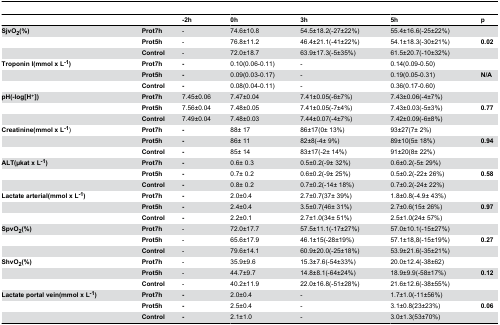
<table><thead><tr><td></td><td></td><td><b>-2h</b></td><td><b>0h</b></td><td><b>3h</b></td><td><b>5h</b></td><td><b>p</b></td></tr></thead><tbody><tr><td><b>SjvO<sub>2</sub>(%)</b></td><td><b>Prot7h</b></td><td>-</td><td>74.6±10.8</td><td>54.5±18.2(-27±22%)</td><td>55.4±16.6(-25±22%)</td><td></td></tr><tr><td></td><td><b>Prot5h</b></td><td>-</td><td>76.8±11.2</td><td>46.4±21.1(-41±22%)</td><td>54.1±18.3(-30±21%)</td><td><b>0.02</b></td></tr><tr><td></td><td><b>Control</b></td><td>-</td><td>72.0±18.7</td><td>63.9±17.3(-5±35%)</td><td>61.5±20.7(-10±32%)</td><td></td></tr><tr><td><b>Troponin I(mmol x L<sup>-1</sup>)</b></td><td><b>Prot7h</b></td><td><b>-</b></td><td>0.10(0.06-0.11)</td><td>-</td><td>0.14(0.09-0.50)</td><td></td></tr><tr><td></td><td><b>Prot5h</b></td><td><b>-</b></td><td>0.09(0.03-0.17)</td><td>-</td><td>0.19(0.05-0.31)</td><td><b>N/A</b></td></tr><tr><td></td><td><b>Control</b></td><td><b>-</b></td><td>0.08(0.04-0.11)</td><td>-</td><td>0.36(0.17-0.60)</td><td></td></tr><tr><td><b>pH(-log[H+])</b></td><td><b>Prot7h</b></td><td>7.45±0.06</td><td>7.47±0.04</td><td>7.41±0.05(-6±7%)</td><td>7.43±0.06(-4±7%)</td><td></td></tr><tr><td></td><td><b>Prot5h</b></td><td>7.56±0.04</td><td>7.48±0.05</td><td>7.41±0.05(-7±4%)</td><td>7.43±0.03(-5±3%)</td><td><b>0.77</b></td></tr><tr><td></td><td><b>Control</b></td><td>7.49±0.04</td><td>7.48±0.03</td><td>7.44±0.07(-4±7%)</td><td>7.42±0.09(-6±8%)</td><td></td></tr><tr><td><b>Creatinine(mmol x L<sup>-1</sup></b>) </td><td><b>Prot7h</b></td><td><b>-</b></td><td>88± 17</td><td>86±17(0± 13%)</td><td>93±27(7± 2%)</td><td></td></tr><tr><td></td><td><b>Prot5h</b></td><td><b>-</b></td><td>86± 11</td><td>82±8(-4± 9%)</td><td>89±10(5± 18%)</td><td><b>0.94</b></td></tr><tr><td></td><td><b>Control</b></td><td><b>-</b></td><td>85± 14</td><td>83±17(-2± 14%)</td><td>91±20(8± 22%)</td><td></td></tr><tr><td><b>ALT(μkat x L<sup>-1</sup>)</b></td><td><b>Prot7h</b></td><td><b>-</b></td><td>0.6± 0.3</td><td>0.5±0.2(-9± 32%)</td><td>0.6±0.2(-5± 29%)</td><td></td></tr><tr><td></td><td><b>Prot5h</b></td><td><b>-</b></td><td>0.7± 0.2</td><td>0.6±0.2(-9± 25%)</td><td>0.5±0.2(-22± 26%)</td><td><b>0.58</b></td></tr><tr><td></td><td><b>Control</b></td><td><b>-</b></td><td>0.8± 0.2</td><td>0.7±0.2(-14± 18%)</td><td>0.7±0.2(-24± 22%)</td><td></td></tr><tr><td><b>Lactate arterial(mmol x L<sup>-1</sup>)</b></td><td><b>Prot7h</b></td><td><b>-</b></td><td>2.0±0.4</td><td>2.7±0.7(37± 39%)</td><td>1.8±0.8(-4.9± 43%)</td><td></td></tr><tr><td></td><td><b>Prot5h</b></td><td><b>-</b></td><td>2.4±0.4</td><td>3.5±0.7(46± 31%)</td><td>2.7±0.6(15± 26%)</td><td><b>0.97</b></td></tr><tr><td></td><td><b>Control</b></td><td><b>-</b></td><td>2.2±0.1</td><td>2.7±1.0(34± 51%)</td><td>2.5±1.0(24± 57%)</td><td></td></tr><tr><td><b>SpvO<sub>2</sub>(%)</b></td><td><b>Prot7h</b></td><td>-</td><td>72.0±17.7</td><td>57.5±11.1(-17±27%)</td><td>57.0±10.1(-15±27%)</td><td></td></tr><tr><td></td><td><b>Prot5h</b></td><td>-</td><td>65.6±17.9</td><td>46.1±15(-28±19%)</td><td>57.1±18,8(-15±19%)</td><td><b>0.27</b></td></tr><tr><td></td><td><b>Control</b></td><td>-</td><td>79.6±14.1</td><td>60.9±20.0(-25±18%)</td><td>53.9±21.6(-35±21%)</td><td></td></tr><tr><td><b>ShvO<sub>2</sub>(%)</b></td><td><b>Prot7h</b></td><td>-</td><td>35.9±9.6</td><td>15.3±7.6(-54±33%)</td><td>20.0±12.4(-38±62)</td><td></td></tr><tr><td></td><td><b>Prot5h</b></td><td>-</td><td>44.7±9.7</td><td>14.8±8.1(-64±24%)</td><td>18.9±9.9(-58±17%)</td><td><b>0.12</b></td></tr><tr><td></td><td><b>Control</b></td><td>-</td><td>40.2±11.9</td><td>22.0±16.8(-51±28%)</td><td>21.6±12.6(-38±55%)</td><td></td></tr><tr><td><b>Lactate portal vein(mmol x L<sup>-1</sup>)</b></td><td><b>Prot7h</b></td><td><b>-</b></td><td>2.0±0.4</td><td>-</td><td>1.7±1.0(-11±56%)</td><td></td></tr><tr><td></td><td><b>Prot5h</b></td><td><b>-</b></td><td>2.5±0.4</td><td>-</td><td>3.1±0.8(23±23%)</td><td><b>0.06</b></td></tr><tr><td></td><td><b>Control</b></td><td><b>-</b></td><td>2.1±1.0</td><td>-</td><td>3.0±1.3(53±70%)</td><td></td></tr></tbody></table>